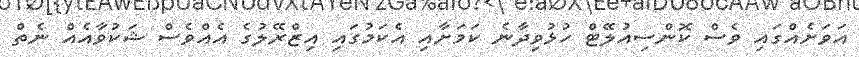
އަވަށެއްގައި ވެސް ކޮންސިއުލޭޓް ހުޅުވިދާނެ ކަމަށާއި އެކަމުގައި އިޒްރޭލުގެ އެއްވެސް ޝަކުވާއެއް ނެތް